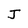
Character: J